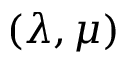
( \lambda , \mu )